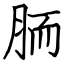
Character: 胹